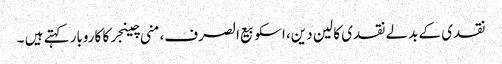
نقدی کے بدلے نقدی کا لین دین، اسکو بیع الصرف،منی چینجرکا کاروبار کہتے ہیں ۔